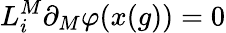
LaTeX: L_{i}^{M}\partial_{M}\varphi(x(g))=0